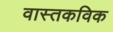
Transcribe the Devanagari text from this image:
वास्तकविक